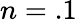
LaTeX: n=.1